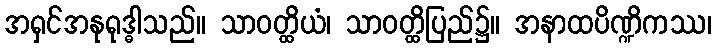
အရှင်အနုရုဒ္ဓါသည်။ သာဝတ္ထိယံ၊ သာဝတ္ထိပြည်၌။ အနာထပိဏ္ဍိကဿ၊